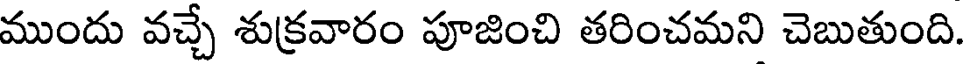
ముందు వచ్చే శుక్రవారం పూజించి తరించమని చెబుతుంది.